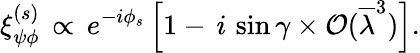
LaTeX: \xi_{\psi\phi}^{(s)}\, \propto\, e^{-i\phi_{s}}\left[1-\, i\, \sin\gamma\times{\cal O}(\overline{{{\lambda}}}^{3})\right].